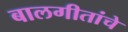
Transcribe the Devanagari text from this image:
बालगीतांचे